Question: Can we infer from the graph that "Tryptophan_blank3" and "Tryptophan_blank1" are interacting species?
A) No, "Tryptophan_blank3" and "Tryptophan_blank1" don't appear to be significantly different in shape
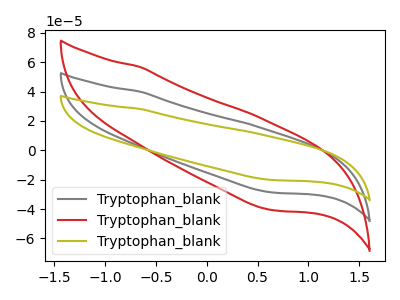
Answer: <think>The gray curve "Tryptophan_blank1" has no peaks. The red curve "Tryptophan_blank2" has no peaks. The olive curve "Tryptophan_blank3" has no peaks.
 Neither "Tryptophan_blank3" or "Tryptophan_blank1" have any peaks.</think>
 <answer>A) No, "Tryptophan_blank3" and "Tryptophan_blank1" don't appear to be significantly different in shape</answer>
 <eval>A</eval>